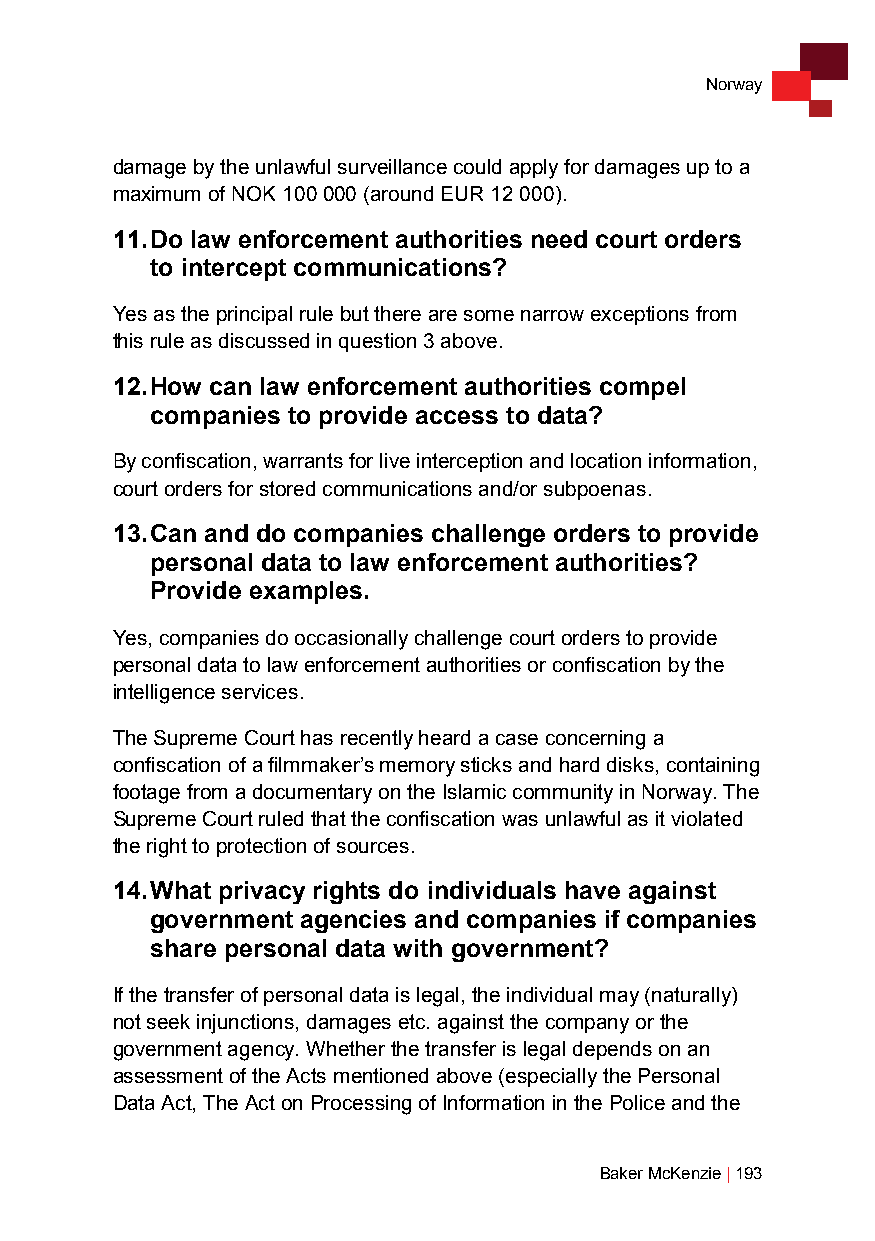
Norway
 damage by the unlawful surveillance could apply for damages up to a
 maximum of NOK 100 000 (around EUR 12 000).
 11. Do law enforcement authorities need court orders
 to intercept communications?
 Yes as the principal rule but there are some narrow exceptions from
 this rule as discussed in question 3 above.
 12. How can law enforcement authorities compel
 companies to provide access to data?
 By confiscation, warrants for live interception and location information,
 court orders for stored communications and/or subpoenas.
 13. Can and do companies challenge orders to provide
 personal data to law enforcement authorities?
 Provide examples.
 Yes, companies do occasionally challenge court orders to provide
 personal data to law enforcement authorities or confiscation by the
 intelligence services.
 The Supreme Court has recently heard a case concerning a
 confiscation of a filmmaker’s memory sticks and hard disks, containing
 footage from a documentary on the Islamic community in Norway. The
 Supreme Court ruled that the confiscation was unlawful as it violated
 the right to protection of sources.
 14. What privacy rights do individuals have against
 government agencies and companies if companies
 share personal data with government?
 If the transfer of personal data is legal, the individual may (naturally)
 not seek injunctions, damages etc. against the company or the
 government agency. Whether the transfer is legal depends on an
 assessment of the Acts mentioned above (especially the Personal
 Data Act, The Act on Processing of Information in the Police and the
 Baker McKenzie | 193